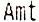
AMT